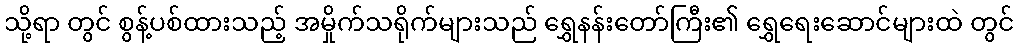
သို့ရာ တွင် စွန့်ပစ်ထားသည့် အမှိုက်သရိုက်များသည် ရွှေနန်းတော်ကြီး၏ ရွှေရေးဆောင်များထဲ တွင်